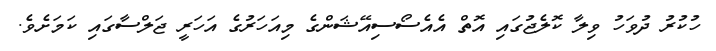
ހުކުރު ދުވަހު ވިލާ ކޮލެޖުގައި އޮތް އެއެސޯސިއޭޝަންގެ މިއަހަރުގެ އަހަރީ ޖަލްސާގައި ކަމަށެވެ.